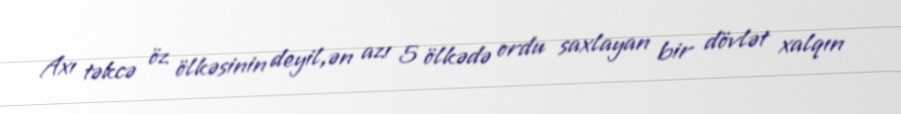
Axı təkcə öz ölkəsinin deyil,ən azı 5 ölkədə ordu saxlayan bir dövlət xalqın